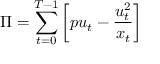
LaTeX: \Pi = \sum _ { t = 0 } ^ { T - 1 } \left[ p u _ { t } - { \frac { u _ { t } ^ { 2 } } { x _ { t } } } \right]